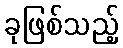
ခုဖြစ်သည့်